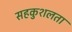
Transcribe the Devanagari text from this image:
सहकुशलता